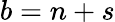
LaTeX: b=n+s